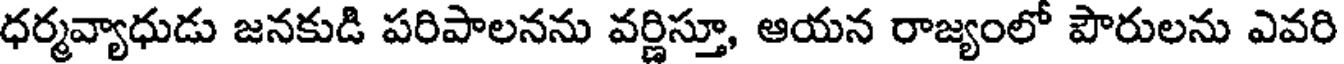
ధర్మవ్యాధుడు జనకుడి పరిపాలనను వర్ణిస్తూ, ఆయన రాజ్యంలో పౌరులను ఎవరి